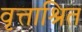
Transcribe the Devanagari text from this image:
वृत्ताश्रित